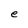
Character: e